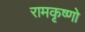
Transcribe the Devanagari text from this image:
रामकृष्णो